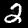
Label: 2